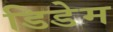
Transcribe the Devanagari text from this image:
डिडेम